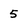
Character: 5